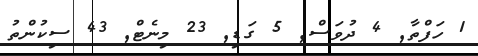
1 ހަފްތާ